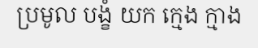
ប្រមូល បង្ខំ យក ក្មេង ក្មាង